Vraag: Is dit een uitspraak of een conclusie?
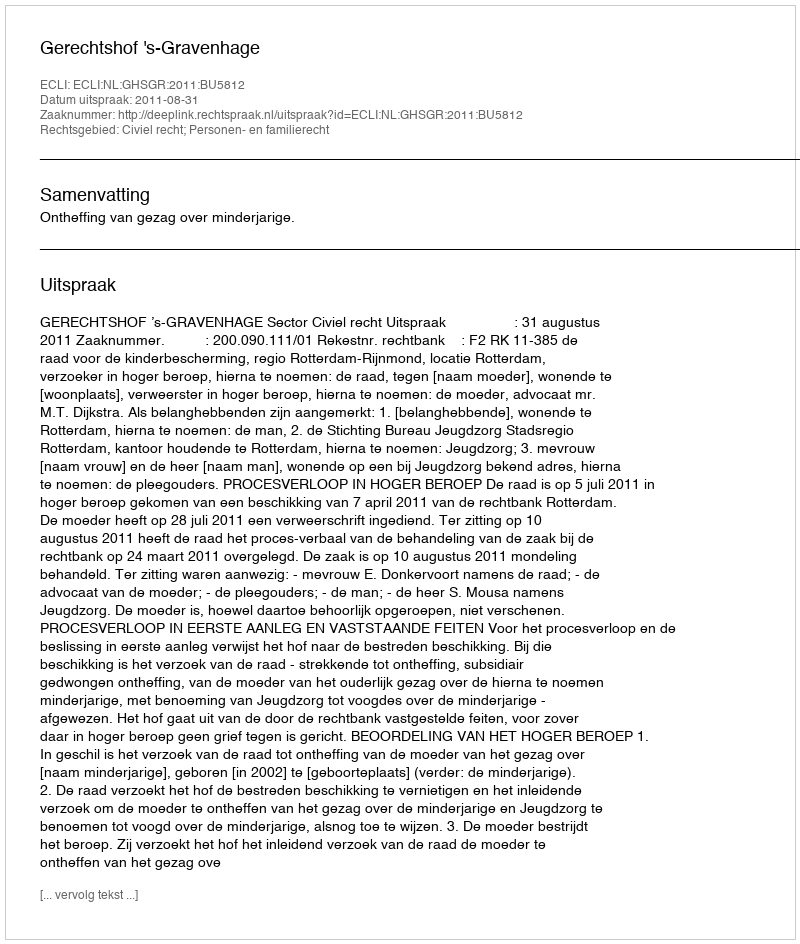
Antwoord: Uitspraak